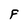
Character: F